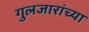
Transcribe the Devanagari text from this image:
गुलजारांच्या